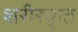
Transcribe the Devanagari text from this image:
शरीरकृत